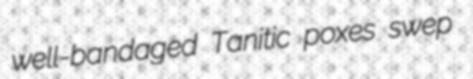
well-bandaged Tanitic poxes swep